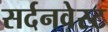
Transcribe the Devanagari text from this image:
सर्दनवेस्ट